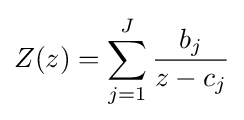
Z(z)=\sum _{j=1}^{J}{\frac {b_{j}}{z-c_{j}}}